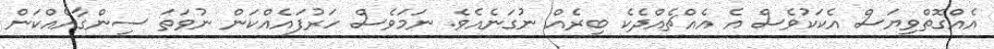
އެއްގޮތްވިޔަސް އެކަކުވެސް އެ އެއްޗެއްދެކެ ބިރެއް ނުގަނެއެވެ. ނަމަވެސް ހަރުފައެއްކަން ނުވަތަ ސިންގާއެއްކަން